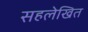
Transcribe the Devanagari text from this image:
सहलेखित